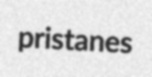
pristanes